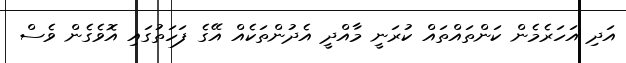
އަދި އަހަރެމެން ކަންތައްތައް ކުރަނީ މާއްދީ އެދުންތަކެއް އޭގެ ފަހަތުގައި އޮވެގެން ވެސް